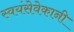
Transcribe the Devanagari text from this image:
स्वयंसेवेकानी